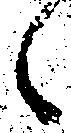
候